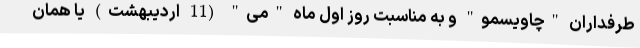
طرفداران "چاویسمو" و به مناسبت روز اول ماه "می" (11 اردیبهشت) یا همان